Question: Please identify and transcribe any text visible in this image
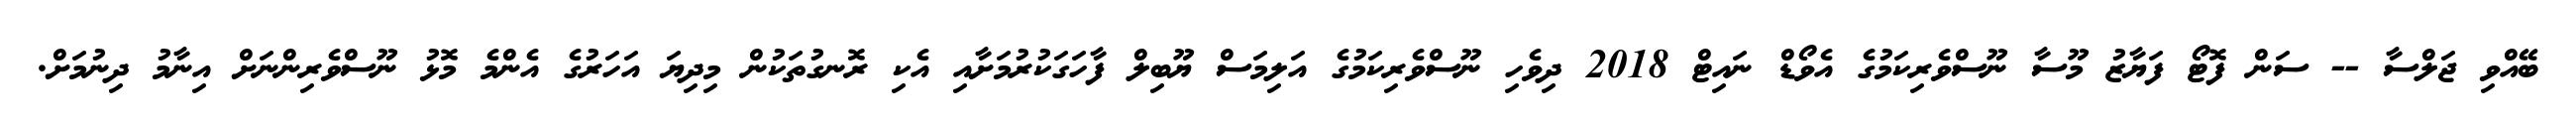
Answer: ބޭއްވި ޖަލްސާ -- ސަން ފޮޓޯ ފަޔާޒު މޫސާ ނޫސްވެރިކަމުގެ އެވޯޑް ނައިޓް 2018 ދިވެހި ނޫސްވެރިކަމުގެ އަލިމަސް ޔޫބިލް ފާހަގަކުރުމަށާއި އެކި ރޮނގުތަކުން މިދިޔަ އަހަރުގެ އެންމެ މޮޅު ނޫސްވެރިންނަށް އިނާމު ދިނުމަށް.